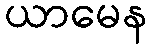
ယာမေန